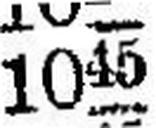
1045